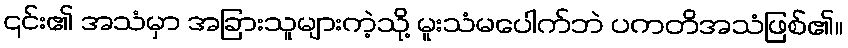
၎င်း၏ အသံမှာ အခြားသူများကဲ့သို့ မူးသံမပေါက်ဘဲ ပကတိအသံဖြစ်၏။